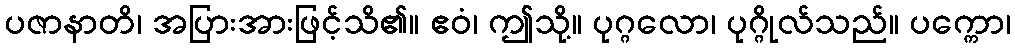
ပဇာနာတိ၊ အပြားအားဖြင့်သိ၏။ ဧဝံ၊ ဤသို့။ ပုဂ္ဂလော၊ ပုဂ္ဂိုလ်သည်။ ပက္ကော၊